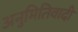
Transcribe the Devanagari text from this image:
अनुमितिवादी